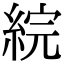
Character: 綄